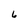
Character: 6